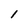
Character: I